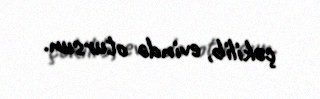
çəkilib, evində otursun.